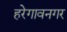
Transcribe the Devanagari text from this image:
हरेगावनगर